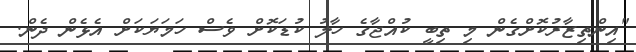
"އިންތިޒާރުކޮށްގެން މި ތިބީ ކުއްޖާގެ ހާލު ކުޑަކޮށް ވެސް ހަމަޔަކަށް އެޅެން ދެން.